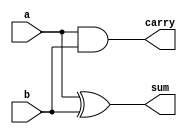
module ha_structural (a, b, sum, carry);

input a, b;
output sum, carry;

xor XOR1(sum, a, b);
and AND1(carry, a, b);
    
endmodule